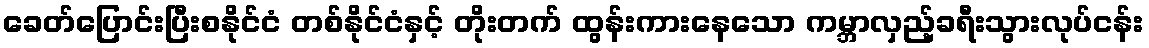
ခေတ်ပြောင်းပြီးစနိုင်ငံ တစ်နိုင်ငံနှင့် တိုးတက် ထွန်းကားနေသော ကမ္ဘာလှည့်ခရီးသွားလုပ်ငန်း